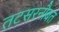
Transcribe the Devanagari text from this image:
तटसरनौबत